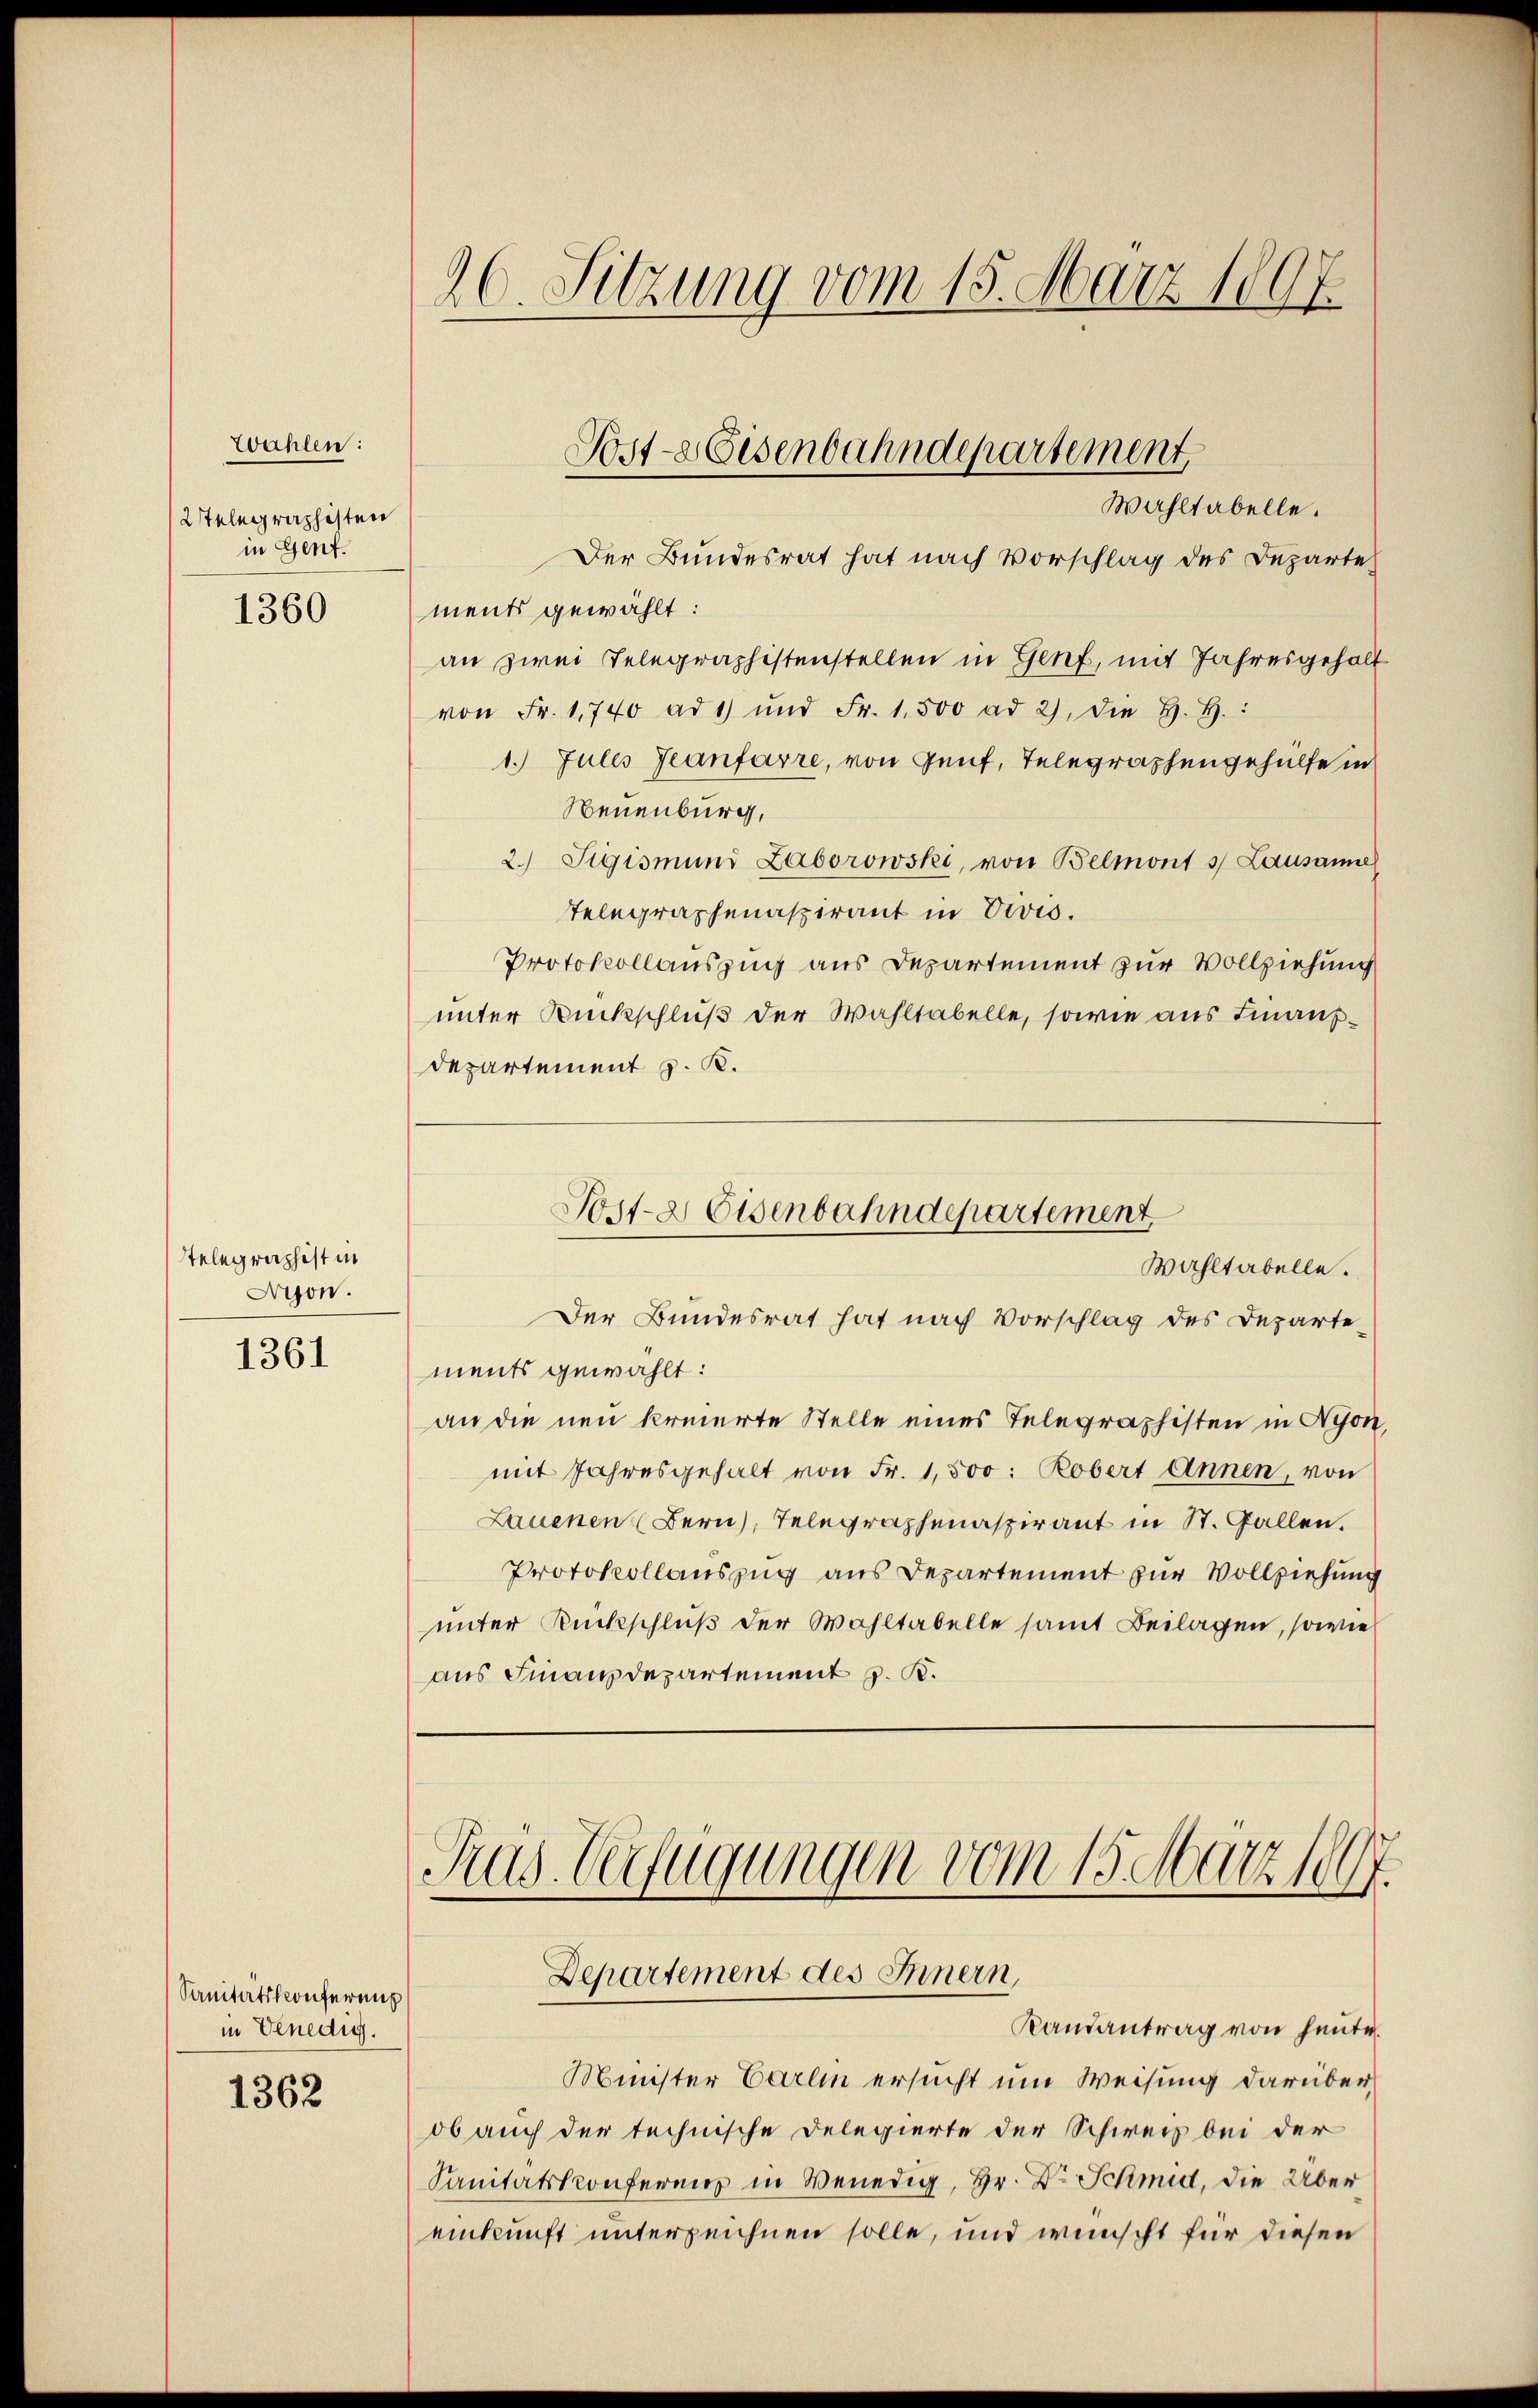
Wahlen:
2Telegraphisten
in Genf.

1360

Telegraphist in
Ayon.

1361

Sanitätskonferen
in Venedig.

1362

26. Sitzung vom 15. März 1807.

Der Bundesrat hat nach Vorschlag des Bezarte
ments gewählt:
an zwei Telegraphistenstellen in Genf, mit Jahresgehalt
von Fr. 1740 ad 1) und Fr. 1,500 ad 2, die H. H.:
1. Julis Jeanfarre, von Genf, Telegraphengehülfe in
Neuenburg,
2. Sigismund Laborowski, von Belmont s. Lausanne
Telegraphenaspirant in Divis.
Protokollauszug aus Departement zur Vollziehung
unter Rückschluß der Wahltabelle, sowie aus hinausdepartement z. K.
Post- & Eisenbahndepartement
Wahltabelle.
Der Bundesrat hat nach Vorschlag des Departe-
ments gewählt:
an die neu kreierte Stelle eines Telegraphisten in Nyon,
mit Jahresgehalt von Fr. 1,500: Robert Annen, von
Lauenen Bern, Telegraphenaspirant in St. Gallen.
Protokollauszug aus Departement zur Vollziehung
unter Rückschluß der Wahltabelle samt Beilagen, sowie
aus Finanzdepartement z. B.

Wahltabelle.

Post- Eisenbahndepartement

Rus Verfügungen vom 15. März 1897.
Departement des Innern,
Randantrag von heute.

Minister Carlin ersucht um Weisung darüber
ob auch der technische Delegierte der Schweiz bei der
Sanitätskonferenz in Venedig, Hr. Dr Schmid, die Über
einkunft unterzeichnen solle, und wünscht für diesen